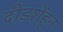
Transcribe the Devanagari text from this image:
दीडशेंहून